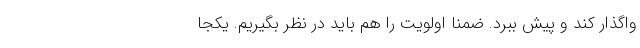
واگذار کند و پیش ببرد. ضمنا اولویت را هم باید در نظر بگیریم. یکجا